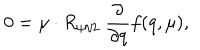
LaTeX: 0 = \mu \cdot R _ { \psi / 2 } \ { \frac { \partial } { \partial q } } f ( q , \mu ) ,